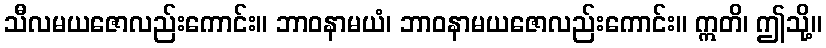
သီလမယဇောလည်းကောင်း။ ဘာဝနာမယံ၊ ဘာဝနာမယဇောလည်းကောင်း။ ဣတိ၊ ဤသို့။